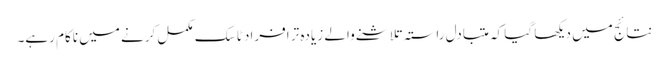
نتائج میں دیکھا گیا کہ متبادل راستہ تلاشنے والے زیادہ تر افراد ٹاسک مکمل کرنے میں ناکام رہے۔